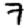
Digit: 7